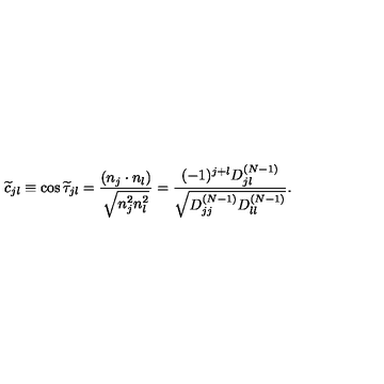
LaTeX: \widetilde { c } _ { j l } \equiv \cos \widetilde { \tau } _ { j l } = \frac { ( n _ { j } \cdot n _ { l } ) } { \sqrt { n _ { j } ^ { 2 } n _ { l } ^ { 2 } } } = \frac { ( - 1 ) ^ { j + l } D _ { j l } ^ { ( N - 1 ) } } { \sqrt { D _ { j j } ^ { ( N - 1 ) } D _ { l l } ^ { ( N - 1 ) } } } .